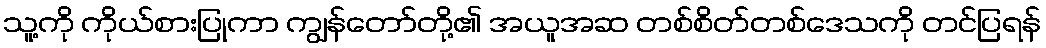
သူ့ကို ကိုယ်စားပြုကာ ကျွန်တော်တို့၏ အယူအဆ တစ်စိတ်တစ်ဒေသကို တင်ပြရန်